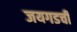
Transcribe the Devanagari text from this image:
जयगडची